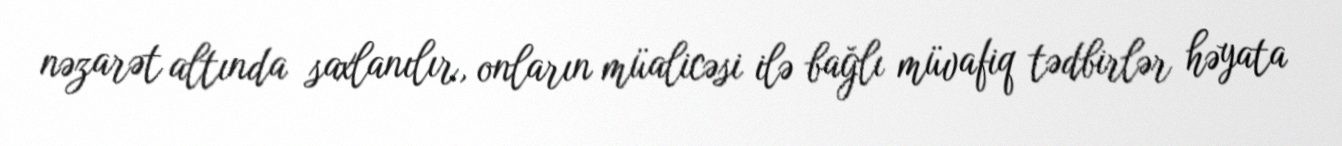
nəzarət altında saxlanılır, onların müalicəsi ilə bağlı müvafiq tədbirlər həyata